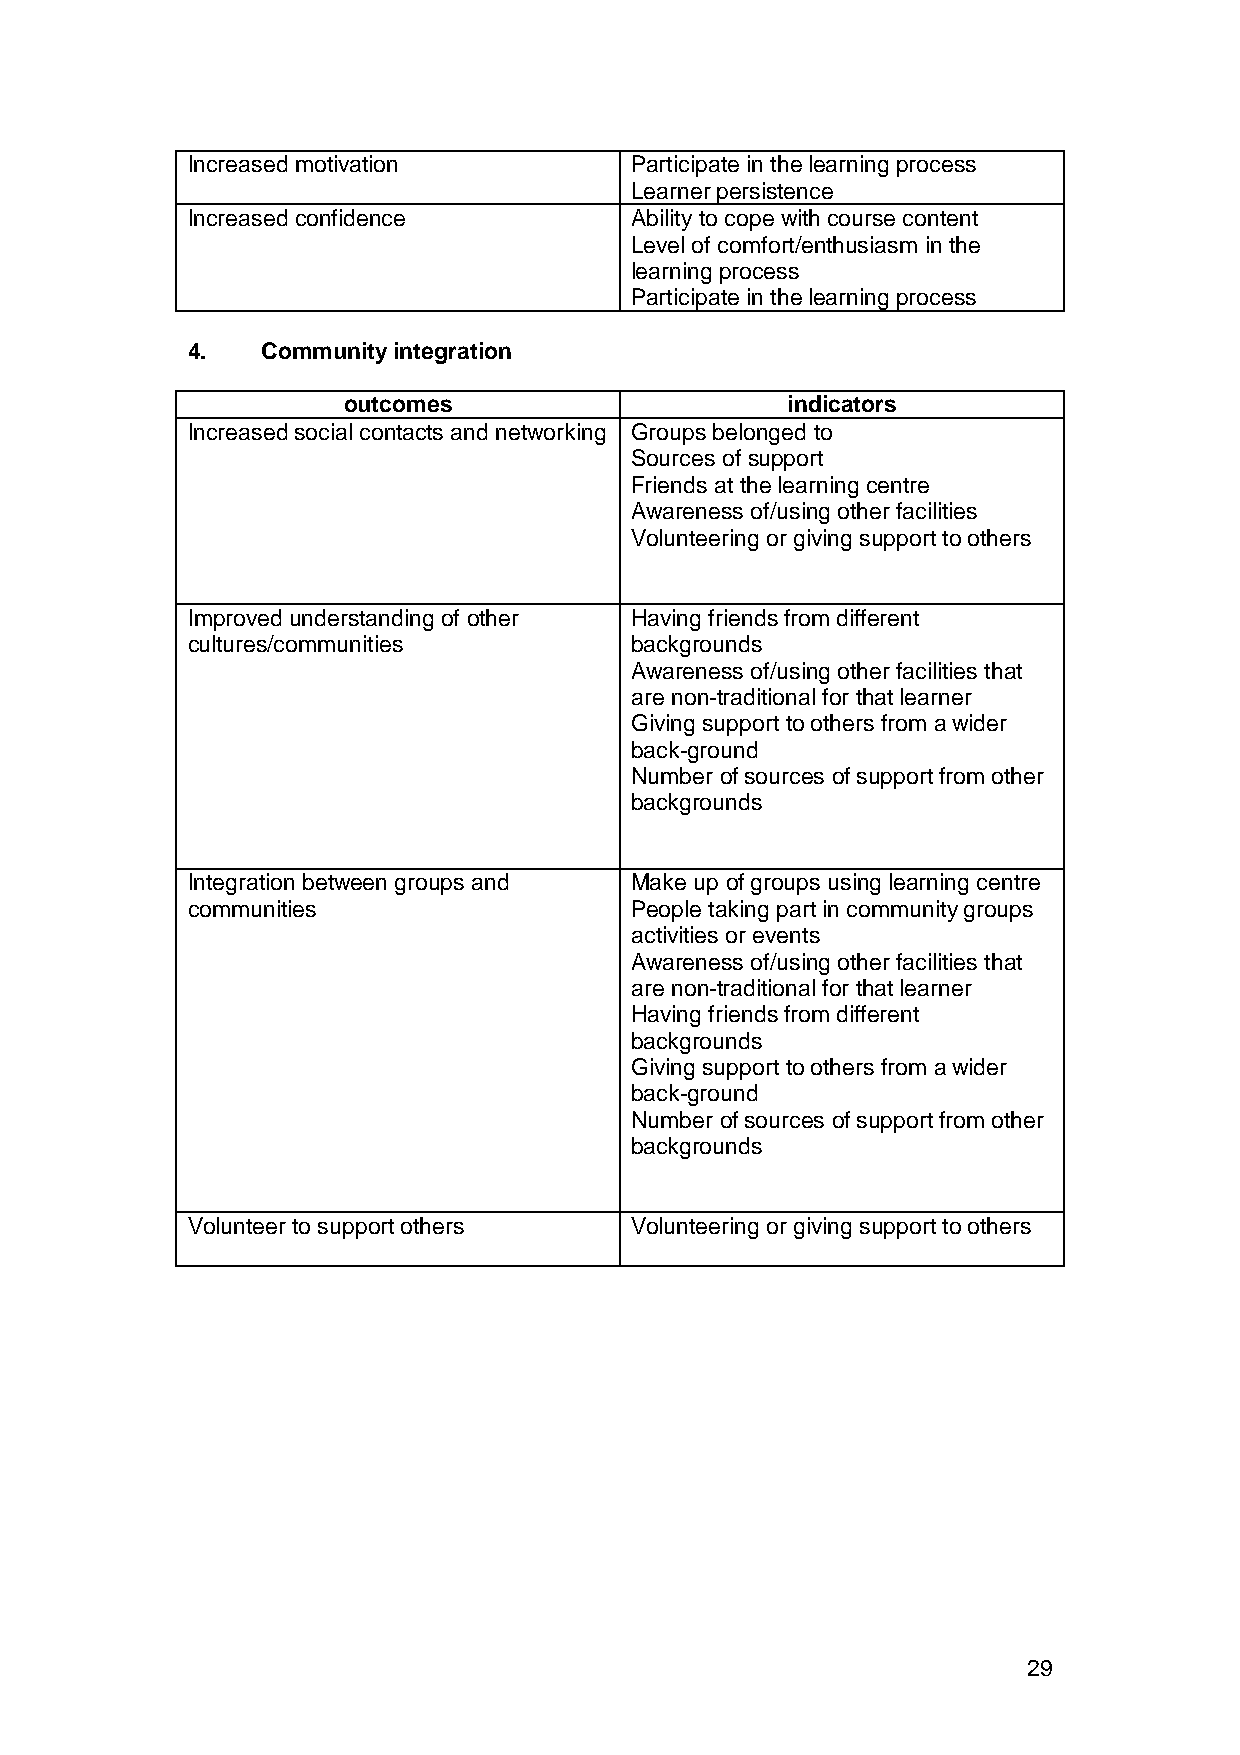
Increased motivation          Participate in the learning process
 Learner persistence
 Increased confidence          Ability to cope with course content
 Level of comfort/enthusiasm in the
 learning process
 Participate in the learning process
 4.   Community integration
 outcomes                     indicators
 Increased social contacts and networking Groups belonged to
 Sources of support
 Friends at the learning centre
 Awareness of/using other facilities
 Volunteering or giving support to others
 Improved understanding of other Having friends from different
 cultures/communities          backgrounds
 Awareness of/using other facilities that
 are non-traditional for that learner
 Giving support to others from a wider
 back-ground
 Number of sources of support from other
 backgrounds
 Integration between groups and Make up of groups using learning centre
 communities                   People taking part in community groups
 activities or events
 Awareness of/using other facilities that
 are non-traditional for that learner
 Having friends from different
 backgrounds
 Giving support to others from a wider
 back-ground
 Number of sources of support from other
 backgrounds
 Volunteer to support others   Volunteering or giving support to others
 29